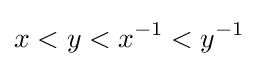
x<y<x^{-1}<y^{-1}